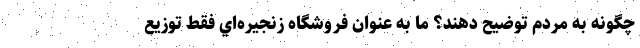
چگونه به مردم توضيح دهند؟ ما به عنوان فروشگاه‌ زنجيره‌اي فقط توزيع